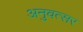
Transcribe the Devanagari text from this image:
अनुवत्सर